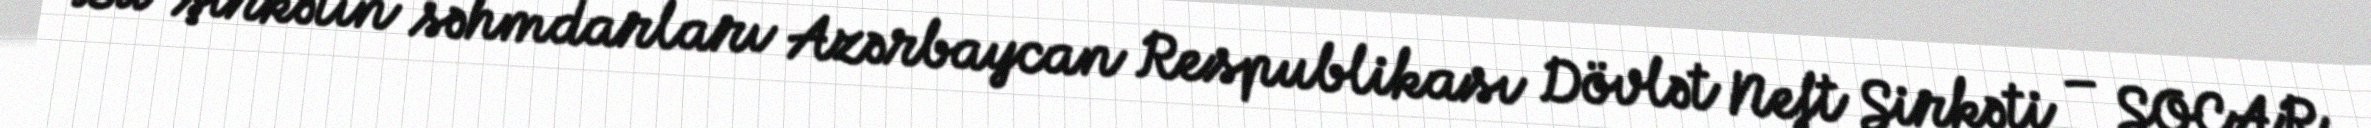
Bu şirkətin səhmdarları Azərbaycan Respublikası Dövlət Neft Şirkəti – SOCAR